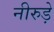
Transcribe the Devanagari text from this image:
नीरुड़े